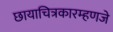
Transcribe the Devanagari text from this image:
छायाचित्रकारम्हणजे